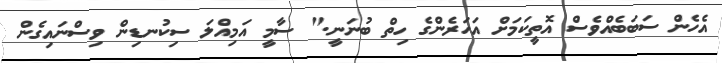
އެހެން ސަބަބެއްވެސް އޮތީކަމަށް އަހަރެންގެ ހިތް ބުނަނީ." ސާމީ އަމިއްލަ ސިކުނޑިން ވިސްނައިގެން